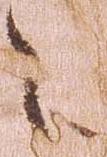
之